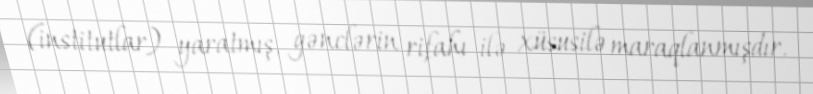
(institutlar) yaratmış, gənclərin rifahı ilə xüsusilə maraqlanmışdır.